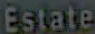
Estate